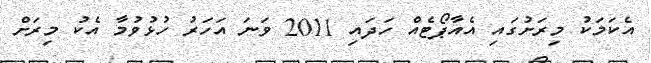
އެކަމަކު މިރަށުގައި އެއާޕޯޓެއް ހަދައި 2011 ވަނަ އަހަރު ހުޅުވުމާ އެކު މިރަށް